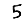
Digit: 5